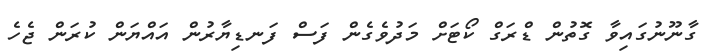
ގާނޫނުގައިވާ ގޮތުން ޑްރަގް ކޯޓަށް މަދުވެގެން ފަސް ފަނޑިޔާރުން އައްޔަން ކުރަން ޖެހެ